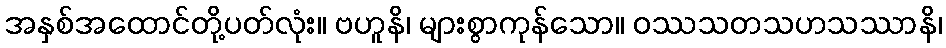
အနှစ်အထောင်တို့ပတ်လုံး။ ဗဟူနိ၊ များစွာကုန်သော။ ဝဿသတသဟသဿာနိ၊